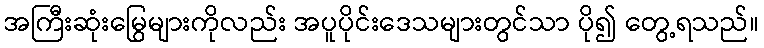
အကြီးဆုံးမြွေများကိုလည်း အပူပိုင်းဒေသများတွင်သာ ပို၍ တွေ့ရသည်။